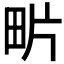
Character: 𤰽